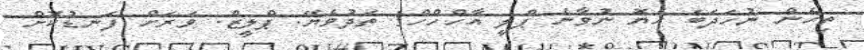
ތިހެން ނުހަދަބަ ހެޔޮ ނުވާނެ ޕްލީ އާހްހްހް! ތަދުވެޔޭ. ޕްލީޒް. ވަރަށް ފަނޑުކޮށް